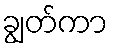
ချွတ်ကာ